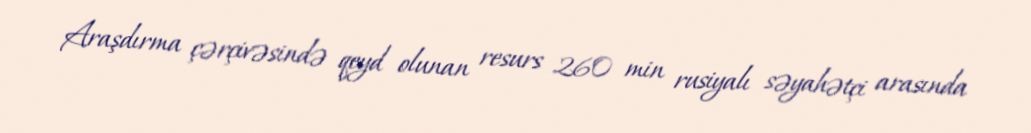
Araşdırma çərçivəsində qeyd olunan resurs 260 min rusiyalı səyahətçi arasında